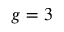
g = 3